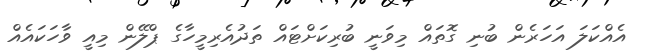
އެއްކަލަ އަހަރެން ބުނި ގޮތައް މިވަނީ ބުރިކަށްޓައް ތަދުއެރިމީހާގެ ޕްލޭން މިއީ ވާހަކައެއް